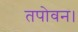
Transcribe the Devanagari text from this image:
तपोवन।